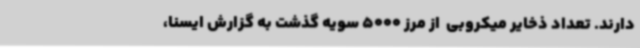
دارند. تعداد ذخایر میکروبی  از مرز 5000 سویه گذشت به گزارش ایسنا،